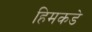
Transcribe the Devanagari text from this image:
हिमकडे